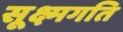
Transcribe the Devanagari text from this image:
सूक्ष्‍मगति